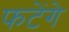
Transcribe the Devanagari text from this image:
फटेंगे